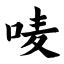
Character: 唛